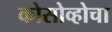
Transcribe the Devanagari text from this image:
कोसोव्होचा